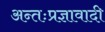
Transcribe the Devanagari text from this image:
अन्तःप्रज्ञावादी